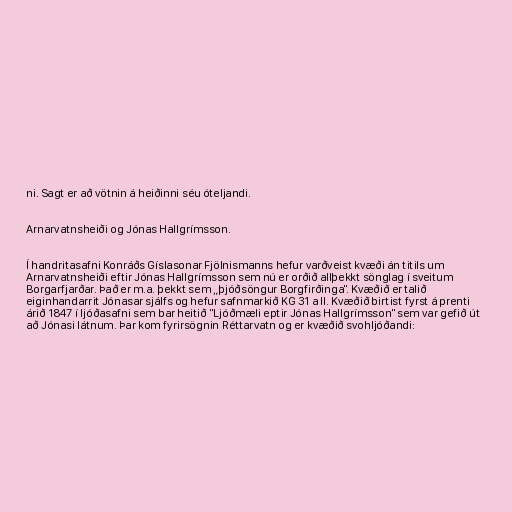
ni. Sagt er að vötnin á heiðinni séu óteljandi.

Arnarvatnsheiði og Jónas Hallgrímsson.

Í handritasafni Konráðs Gíslasonar Fjölnismanns hefur varðveist kvæði án titils um
Arnarvatnsheiði eftir Jónas Hallgrímsson sem nú er orðið allþekkt sönglag í sveitum
Borgarfjarðar. Það er m.a. þekkt sem „þjóðsöngur Borgfirðinga". Kvæðið er talið
eiginhandarrit Jónasar sjálfs og hefur safnmarkið KG 31 a II. Kvæðið birtist fyrst á prenti
árið 1847 í ljóðasafni sem bar heitið "Ljóðmæli eptir Jónas Hallgrímsson" sem var gefið út
að Jónasi látnum. Þar kom fyrirsögnin Réttarvatn og er kvæðið svohljóðandi: